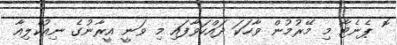
ޮ ޕެނެޓާ މި މޭރުމުން ވާހަކަ ދައްކަވާފައި މި ވަނީ އީރާނުގެ ނިއުކްލިއާ